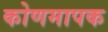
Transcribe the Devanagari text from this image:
कोणमापक